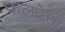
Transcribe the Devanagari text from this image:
फलवेत्ता